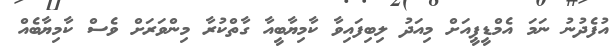
އުފެދުނު ނަމަ އެމްޑީޕީއަށް މިއަދު ލިބިފައިވާ ކާމިޔާބީއާ ގާތްކުރާ މިންވަރަށް ވެސް ކާމިޔާބެއް